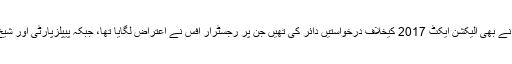
واضح رہے کہ اس سے پہلے شیخ رشید اور پیپلزپارٹی نے بھی الیکشن ایکٹ 2017 کیخلاف درخواستیں دائر کی تھیں جن پر رجسٹرار آفس نے اعتراض لگایا تھا، جبکہ پیپلزپارٹی اور شیخ رشید نے اعتراضات کیخلاف اپیلیں دائر کر رکھی ہیں۔